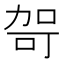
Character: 哿